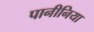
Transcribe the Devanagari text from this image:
पानीनिया